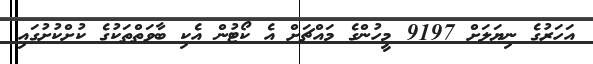
އަހަރުގެ ނިޔަލަށް 9197 މީހުންގެ މައްޗަށް އެ ކޯޓުން އެކި ބާވަތްތަކުގެ ކުށްކުށުގައި